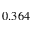
0 . 3 6 4